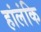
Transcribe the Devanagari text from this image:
हांलंकि